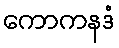
ကောကနဒံ